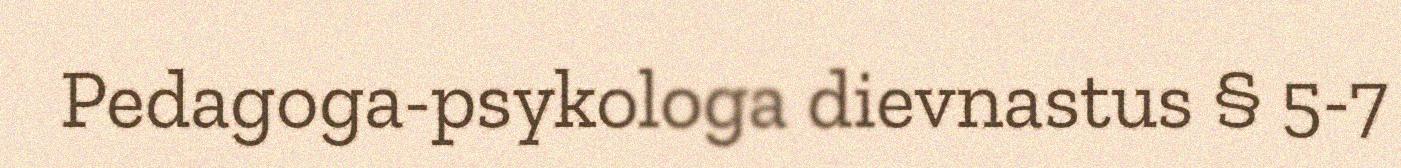
Pedagoga-psykologa dievnastus § 5-7